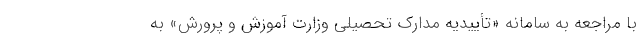
با مراجعه به سامانه «تأییدیه مدارک تحصیلی وزارت آموزش و پرورش» به